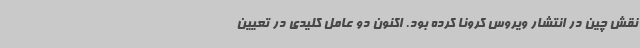
نقش چین در انتشار ویروس کرونا کرده بود. اکنون دو عامل کلیدی در تعیین